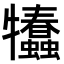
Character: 𤜗